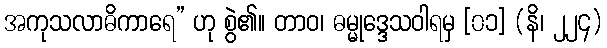
အကုသလာဓိကာရေ” ဟု စွဲ၏။ တာဝ၊ ဓမ္မုဒ္ဒေသဝါရမှ [၀၁] (နိ၊ ၂၂၄)